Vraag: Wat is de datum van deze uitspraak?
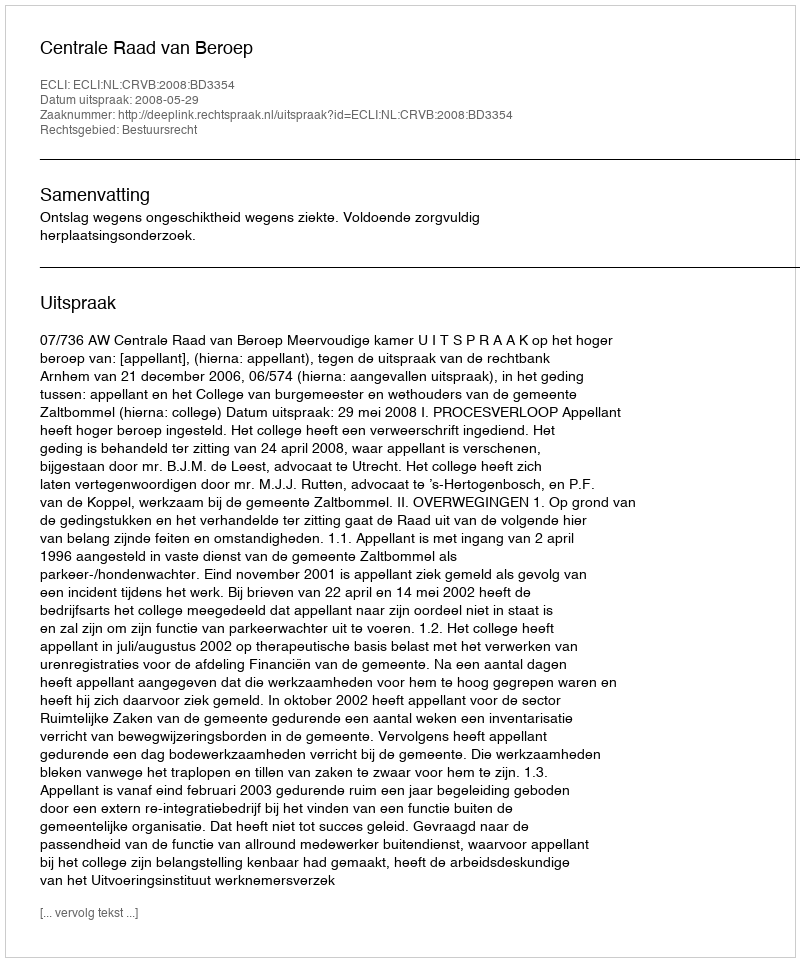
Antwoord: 2008-05-29